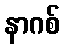
နာဂစ်